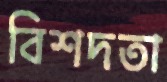
বিশদতা